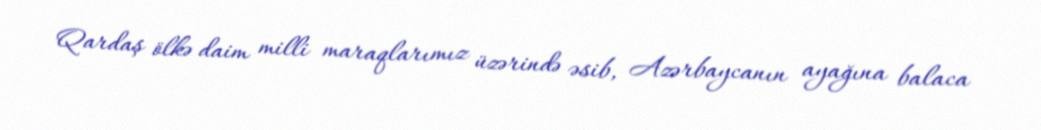
Qardaş ölkə daim milli maraqlarımız üzərində əsib, Azərbaycanın ayağına balaca